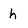
Character: h